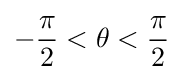
-{\frac {\pi }{2}}<\theta <{\frac {\pi }{2}}